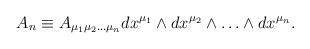
LaTeX: \begin{align*}A_n \equiv A_{\mu_{1}\mu_{2} \ldots \mu_{n}} dx^{\mu_{1}} \wedge dx^{\mu_{2}}\wedge \ldots \wedge dx^{\mu_{n}}.\end{align*}